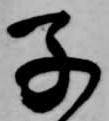
子